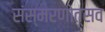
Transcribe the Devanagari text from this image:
संस्मरणोत्सव